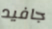
جافيد